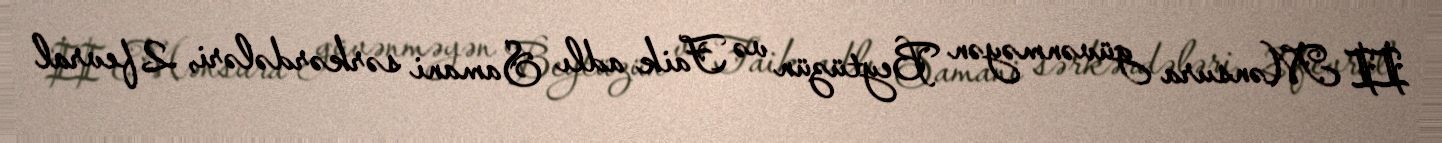
II Mənsura güvənməyən Beytüzün və Faik adlı Samani sərkərdələri, 2 fevral